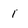
Character: 1